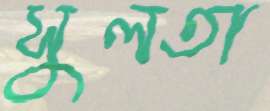
সুলতা